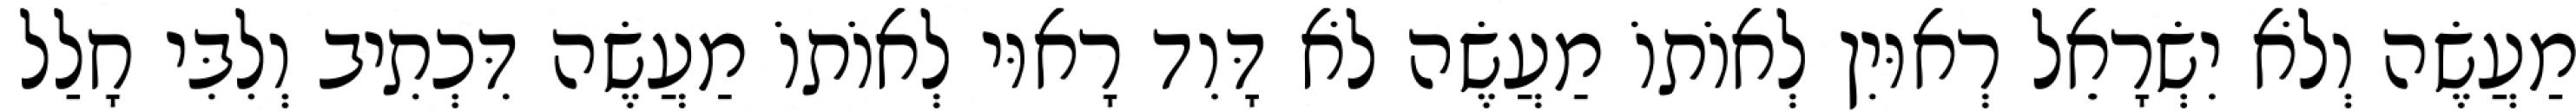
מַעֲשֶׂה וְלֹא יִשְׂרָאֵל רְאוּיִן לְאוֹתוֹ מַעֲשֶׂה לֹא דָּוִד רָאוּי לְאוֹתוֹ מַעֲשֶׂה דִּכְתִיב וְלִבִּי חָלַל